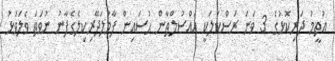
އުތީމު ދަރިކޮޅުގެ 3 ވަނަ ރަސްކަލަކީ އައްސުލްޠާން ޙުސައިން ފާމުލަދޭރިކިލެގެފާނު ނުވަތަ ވެލަވަޅު